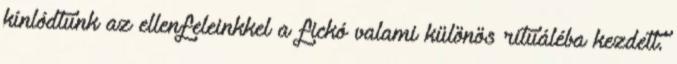
kínlódtunk az ellenfeleinkkel a fickó valami különös rituáléba kezdett.